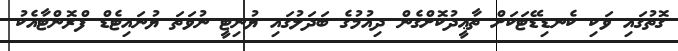
ގޮތުގައި ވަކި ކެނޑިޑޭޓަކަށް ތާޢީދުކޮށްގެން ދިއުމުގެ ބަދަލުގައި ޔުނިޓީ ނުވަތަ ޔުނައިޓެޑް ފްރޮންޓާއެކު